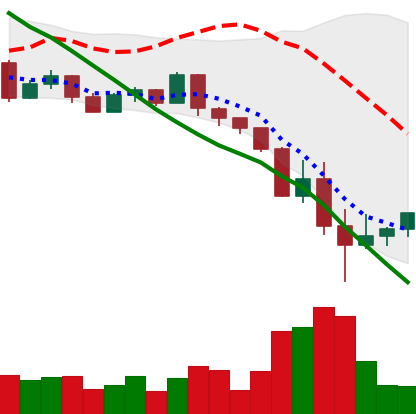
Ticker: ETH-USD
Chart end date: 2022-05-15
Forward return: -8.594%
Label: down_7plus